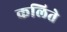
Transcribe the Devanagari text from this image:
कलिते